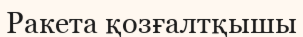
Ракета қозғалтқышы